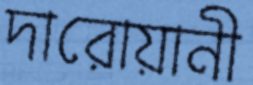
দারোয়ানী